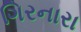
ગિરનારા